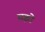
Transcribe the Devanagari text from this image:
सझो